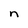
Character: n